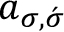
a _ { \sigma , \acute { \sigma } }